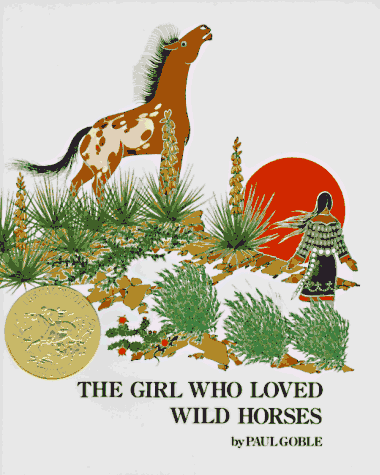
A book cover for Girl Who Loved Wild Horses, The; Paul Goble; Children's Books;